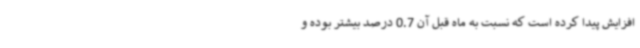
افزایش پیدا کرده است که نسبت به ماه قبل آن 0.7 درصد بیشتر بوده و